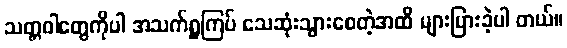
သတ္တဝါတွေကိုပါ အသက်ရှူကြပ် သေဆုံးသွားစေတဲ့အထိ များပြားခဲ့ပါ တယ်။